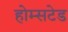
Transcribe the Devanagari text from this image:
होम्सटेड